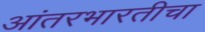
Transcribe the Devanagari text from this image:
आंतरभारतीचा